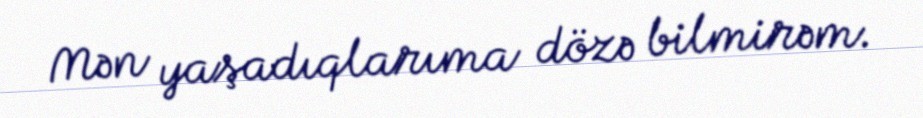
Mən yaşadıqlarıma dözə bilmirəm.